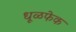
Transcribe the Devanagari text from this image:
धूळफेक